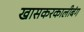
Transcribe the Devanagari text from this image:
खासकरकालीबंग